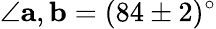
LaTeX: \angle{\mathbf{a},\mathbf{b}}=(84\pm 2)^{\circ}